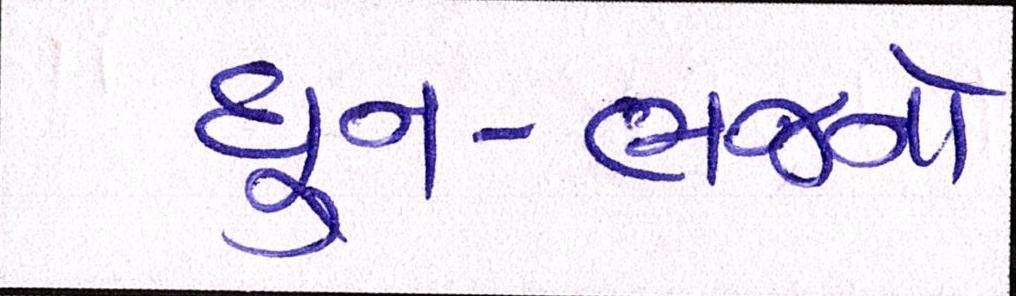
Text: ધુન-ભજનો